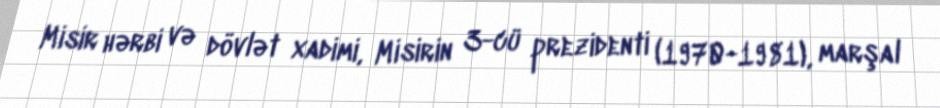
Misir hərbi və dövlət xadimi, Misirin 3-cü prezidenti (1970-1981), marşal